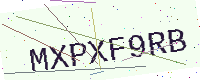
Text: MXPXF9RB